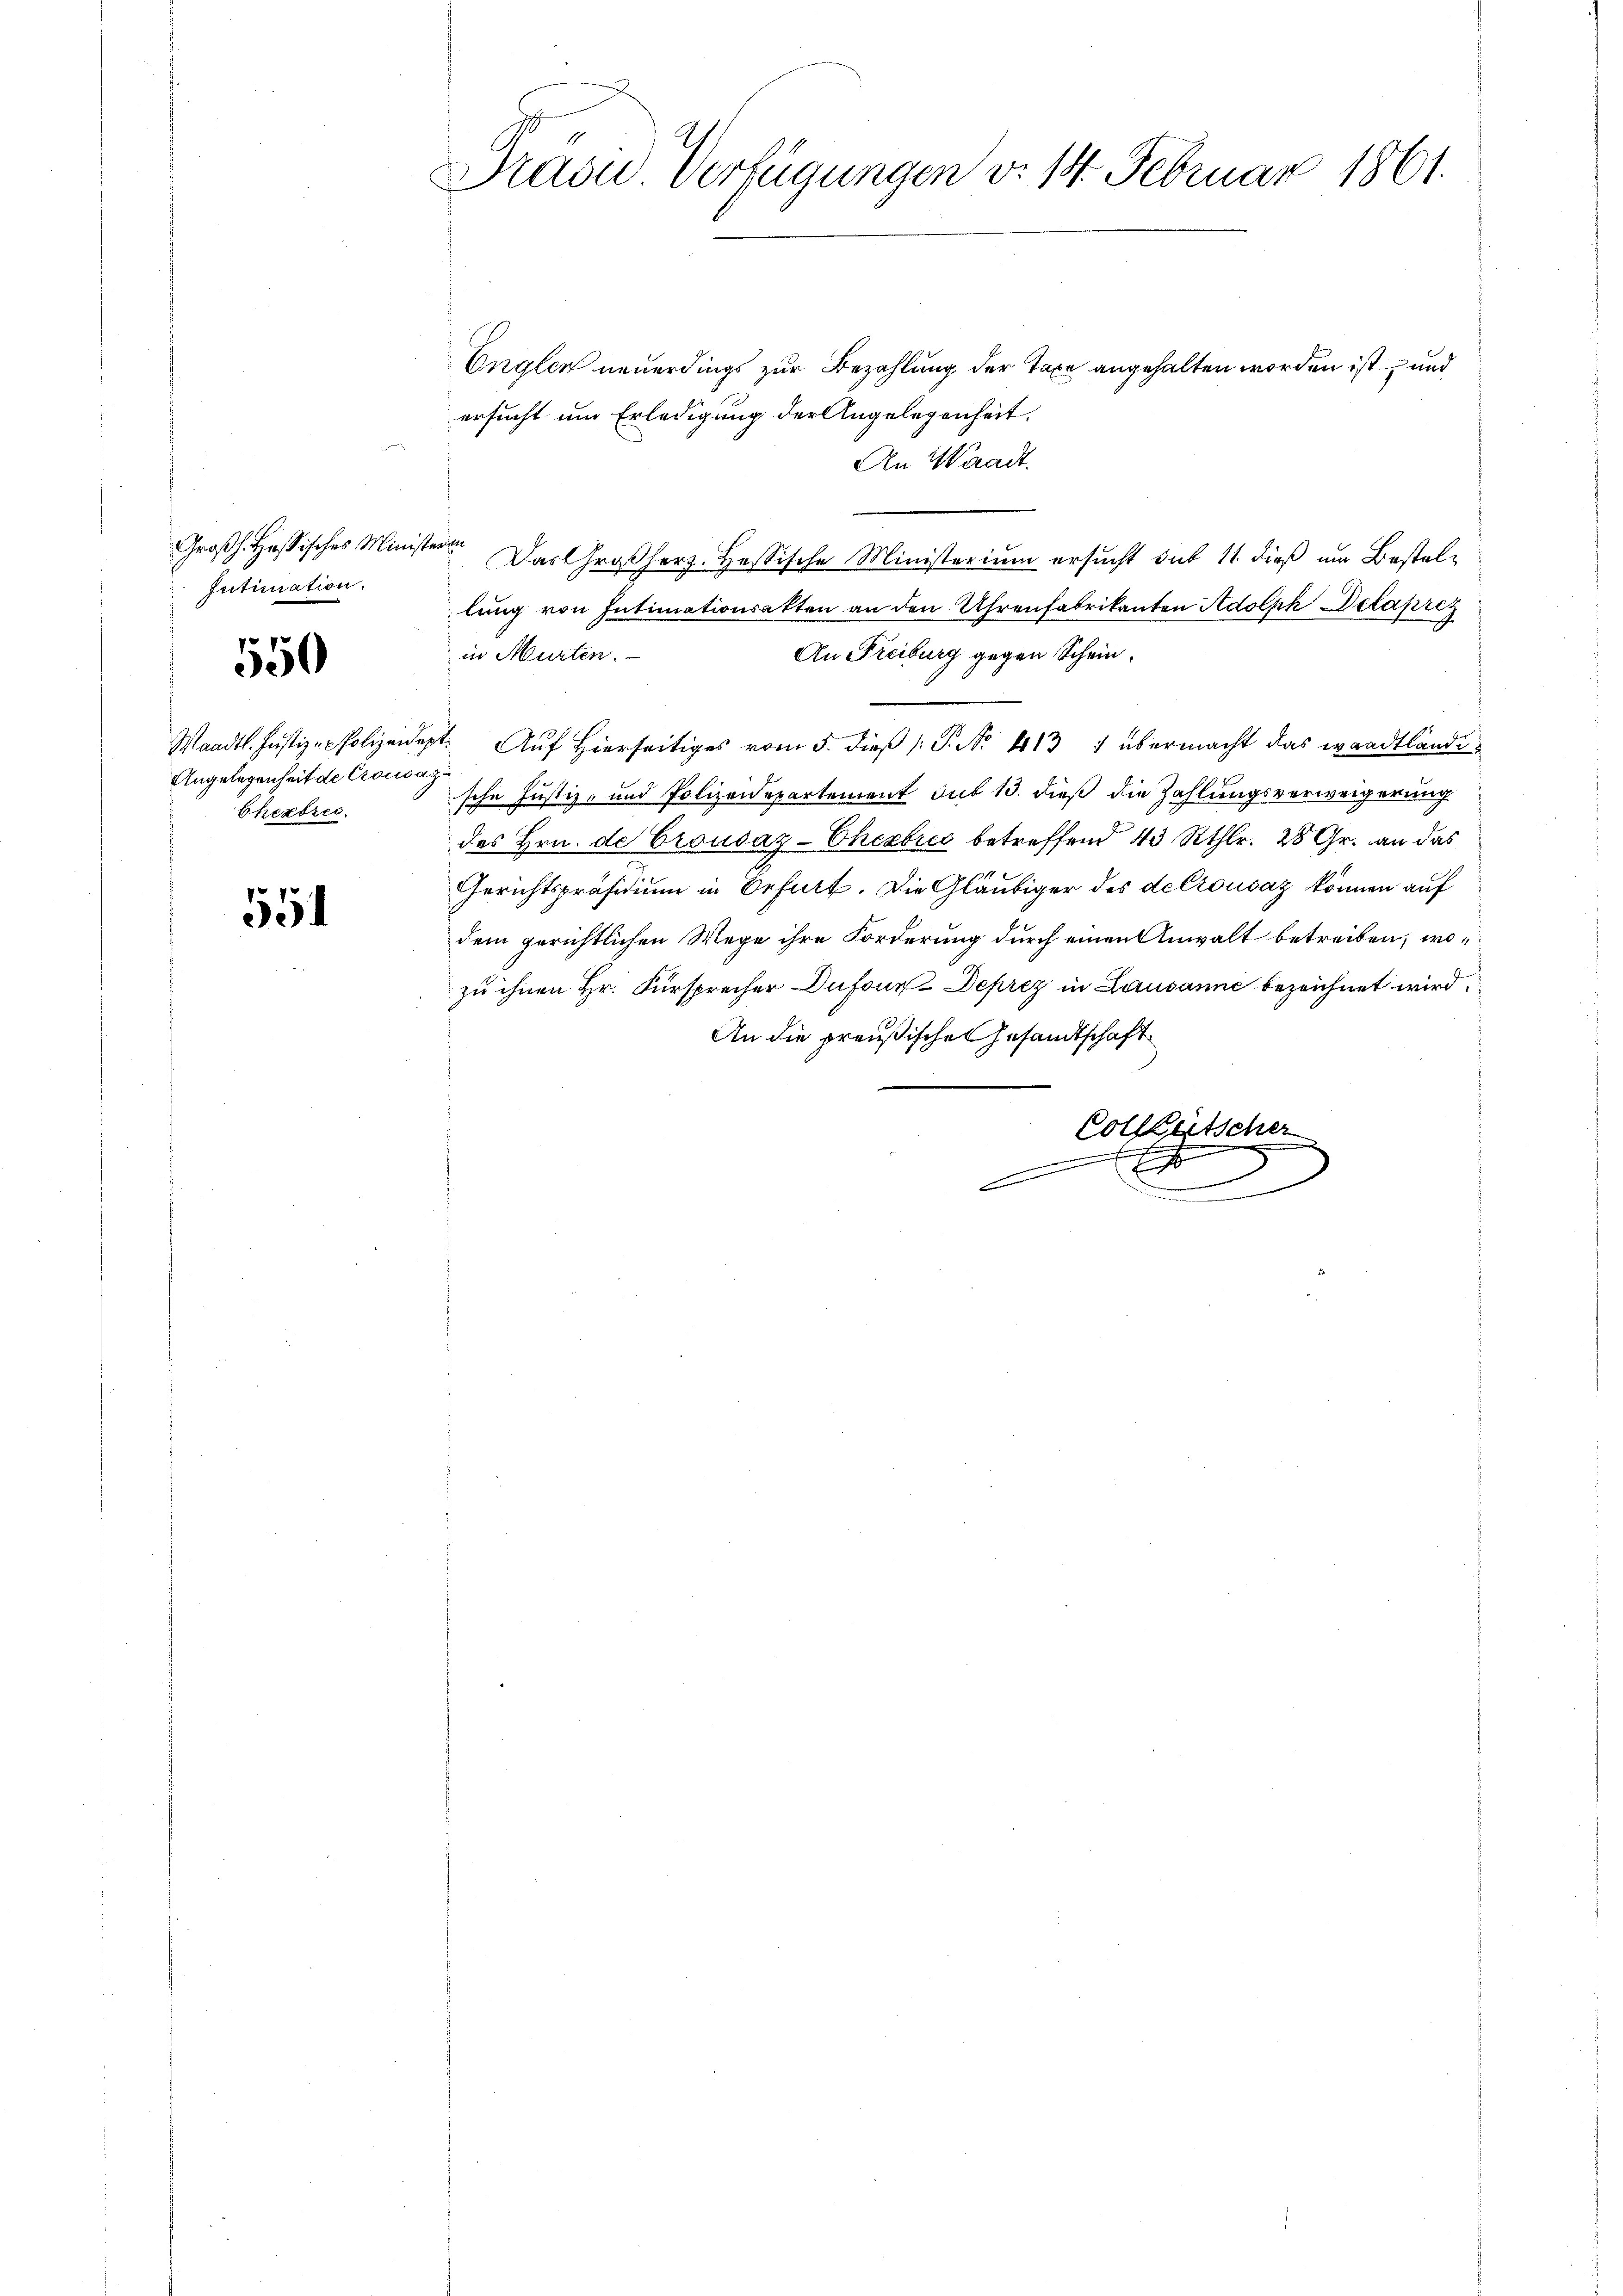
Intimation.

550

Angelegenheit de Crousazu
Cherbrec

554

Präve. Verfügungen v. 14. Februar 1861.

Englen neuerdings zur Bezahlung der Taxe angehalten worden ist und
ersucht um Erledigung der Angelegenheit.
An Waadt.
Großh. Hassisches Ministere Das Großherz. Hessische Ministerium ersucht sub 11. dieß um Bestellung von Intimationsakten an den Uhrenfabrikanten Adolph Delapres
in Murten.
An Freiburg gegen Schein.
Waadt. Justiz-Polizeidept. Auf hierseitiges vom 5. dieβ P. No. 413 :/ übermacht das waadtländische Justiz- und Polizeidepartement du 13. dieß die Zahlungsverweigerung
des Hrn. de Crousaz-Chexbres betreffend 43 Rthlr. 28 Gr. an das
Gerichtspräsidium in Befurt. Die Gläubiger des de Crousaz können auf
dem gerichtlichen Wege ihre Forderung durch einen Anwalt betreiben, wozu ihnen Hr. Fürsprecher Dufour Deprez in Lausanne bezeichnet wird
An die preußischen Gesandtschaft
Colletscher
En
e
3